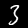
Label: 3